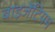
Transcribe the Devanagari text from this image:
बाइजेंटियम